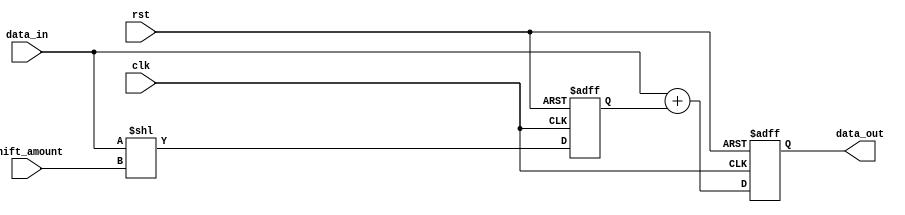
module shift_add_register(
    input clk,
    input rst,
    input [7:0] data_in,
    input [2:0] shift_amount,
    output reg [7:0] data_out
);

reg [7:0] shifted_data;

always @(posedge clk or posedge rst) begin
    if (rst) begin
        shifted_data <= 8'b0;
        data_out <= 8'b0;
    end else begin
        shifted_data <= data_in << shift_amount;
        data_out <= data_in + shifted_data;
    end
end

endmodule